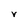
Character: V